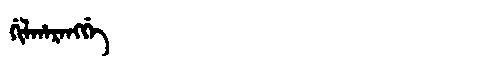
Manchu: ᡤᡳᠯᡥᠠᡵᠠᠩᡤᡝ
Romanization: GILHARANGGE